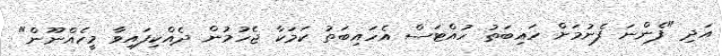
އަދި "ފެންނަ ފެނުމަށް ހައިބަތު ހުއްޓަސް އެހައިބަތު ކަމަކާ ޖެހުމުން ދެއްކިފައިވާ މީހެއްނޫން"